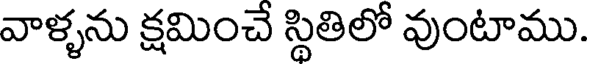
వాళ్ళను క్షమించే స్థితిలో వుంటాము.